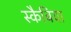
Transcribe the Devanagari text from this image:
स्कैबिया